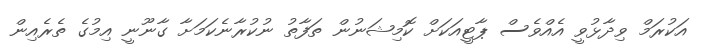
އަކުރަމް ވިދާޅުވީ އެއްވެސް ޕާޓީއަކަށް ކޮމިޝަނުން ތަފާތު ނުކުރާނެކަމަށާ ގާނޫނީ އިމުގެ ތެރެއިން